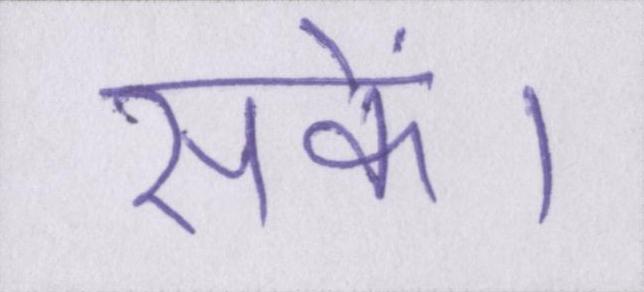
सकें।